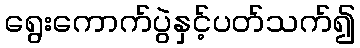
ရွေးကောက်ပွဲနှင့်ပတ်သက်၍